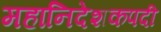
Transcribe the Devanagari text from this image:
महानिदेशकपदी